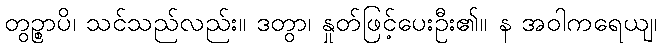
တွဉ္စာပိ၊ သင်သည်လည်း။ ဒတွာ၊ နှုတ်ဖြင့်ပေးဦး၏။ န အဝါကရေယျ၊